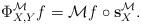
LaTeX: \begin{align*}\Phi_{X,Y}^{\mathcal M}f=\mathcal Mf\circ {\bf s}_X^{\mathcal M}.\end{align*}